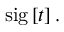
\mathrm { s i g } \left[ t \right] .